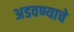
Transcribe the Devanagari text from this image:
अडवण्याचे